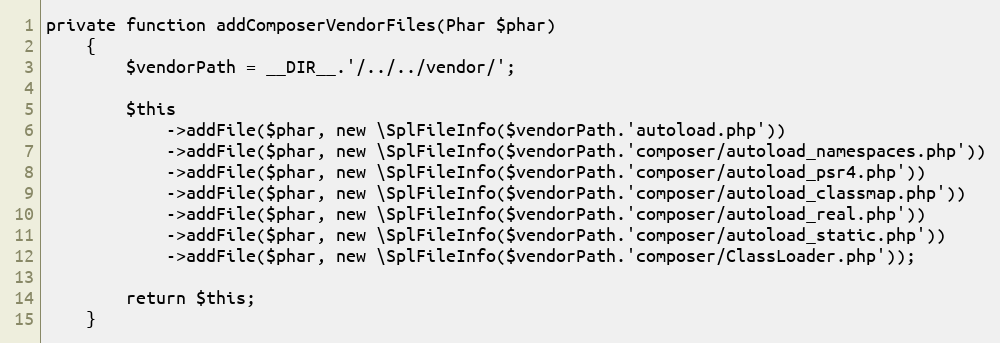
Language: PHP
private function addComposerVendorFiles(Phar $phar)
    {
        $vendorPath = __DIR__.'/../../vendor/';

        $this
            ->addFile($phar, new \SplFileInfo($vendorPath.'autoload.php'))
            ->addFile($phar, new \SplFileInfo($vendorPath.'composer/autoload_namespaces.php'))
            ->addFile($phar, new \SplFileInfo($vendorPath.'composer/autoload_psr4.php'))
            ->addFile($phar, new \SplFileInfo($vendorPath.'composer/autoload_classmap.php'))
            ->addFile($phar, new \SplFileInfo($vendorPath.'composer/autoload_real.php'))
            ->addFile($phar, new \SplFileInfo($vendorPath.'composer/autoload_static.php'))
            ->addFile($phar, new \SplFileInfo($vendorPath.'composer/ClassLoader.php'));

        return $this;
    }